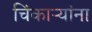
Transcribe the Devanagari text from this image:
चिंकाऱ्यांना